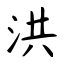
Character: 洪